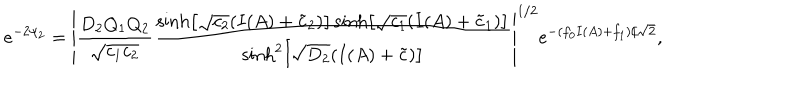
LaTeX: e ^ { - 2 \psi _ { 2 } } = \left| \frac { D _ { 2 } Q _ { 1 } Q _ { 2 } } { \sqrt { c _ { 1 } c _ { 2 } } } \frac { \sinh \left[ \sqrt { c _ { 2 } } ( I ( A ) + \tilde { c } _ { 2 } ) \right] \sinh \left[ \sqrt { c _ { 1 } } ( I ( A ) + \tilde { c } _ { 1 } ) \right] } { \sinh ^ { 2 } \left[ \sqrt { D _ { 2 } } ( I ( A ) + \tilde { c } ) \right] } \right| ^ { 1 / 2 } e ^ { - ( f _ { 0 } I ( A ) + f _ { 1 } ) / \sqrt { 2 } } ,